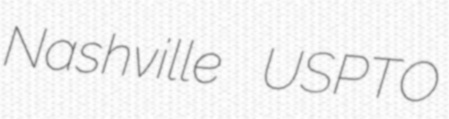
Nashville USPTO